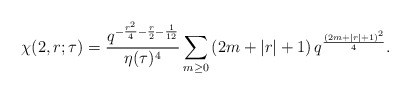
\begin{align*}\chi(2,r;\tau) = \frac{q^{-\frac{r^2}{4}-\frac{r}{2}-\frac{1}{12}}}{\eta(\tau)^4}\sum_{m\geq0} \left( 2m+|r|+1\right) q^{\frac{(2m+|r|+1)^2}{4}}.\end{align*}